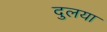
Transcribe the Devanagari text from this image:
दुलया